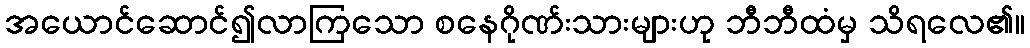
အယောင်ဆောင်၍လာကြသော စနေဂိုဏ်းသားများဟု ဘီဘီထံမှ သိရလေ၏။